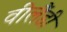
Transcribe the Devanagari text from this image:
वीलैंडी